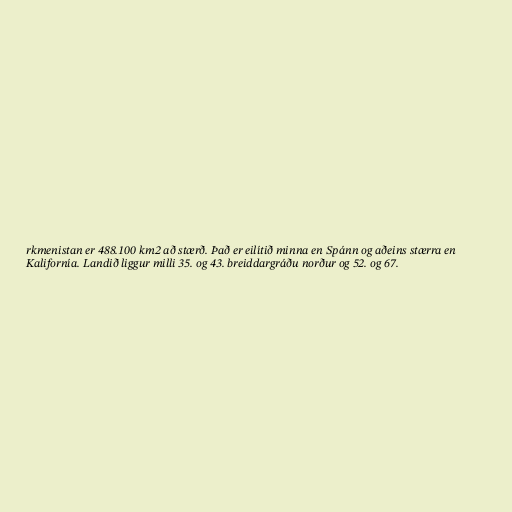
rkmenistan er 488.100 km2 að stærð. Það er eilítið minna en Spánn og aðeins stærra en
Kalifornía. Landið liggur milli 35. og 43. breiddargráðu norður og 52. og 67.